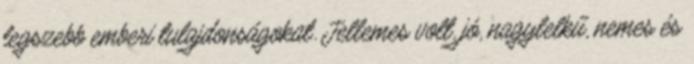
legszebb emberi tulajdonságokat. Jellemes volt, jó, nagylelkű, nemes és